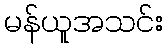
မန်ယူအသင်း